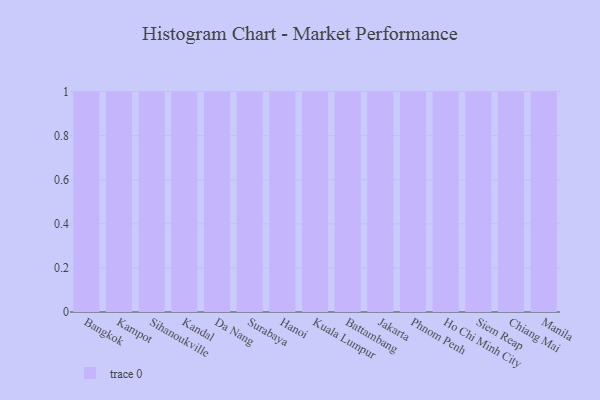
{"axis": {"x": "City", "y": "Active Users"}, "legend": [""], "data": [{"x": "Bangkok", "y": 85, "type": ""}, {"x": "Kampot", "y": 87, "type": ""}, {"x": "Sihanoukville", "y": 71, "type": ""}, {"x": "Kandal", "y": 27, "type": ""}, {"x": "Da Nang", "y": 73, "type": ""}, {"x": "Surabaya", "y": 37, "type": ""}, {"x": "Hanoi", "y": 86, "type": ""}, {"x": "Kuala Lumpur", "y": 85, "type": ""}, {"x": "Battambang", "y": 21, "type": ""}, {"x": "Jakarta", "y": 75, "type": ""}, {"x": "Phnom Penh", "y": 4, "type": ""}, {"x": "Ho Chi Minh City", "y": 23, "type": ""}, {"x": "Siem Reap", "y": 63, "type": ""}, {"x": "Chiang Mai", "y": 43, "type": ""}, {"x": "Manila", "y": 25, "type": ""}]}